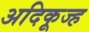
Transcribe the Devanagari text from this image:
अदिकूज्ह